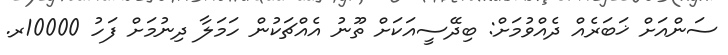
ސަންއަށް ޚަބަރެއް ދެއްވުމަށް: ބިދޭސީއަކަށް ތޫނު އެއްޗަކުން ހަމަލާ ދިނުމަށް ފަހު 10000ރ.